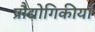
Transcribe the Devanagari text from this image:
प्रौद्योगिकीयाँ